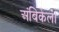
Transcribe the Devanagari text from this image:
अंबिकेला